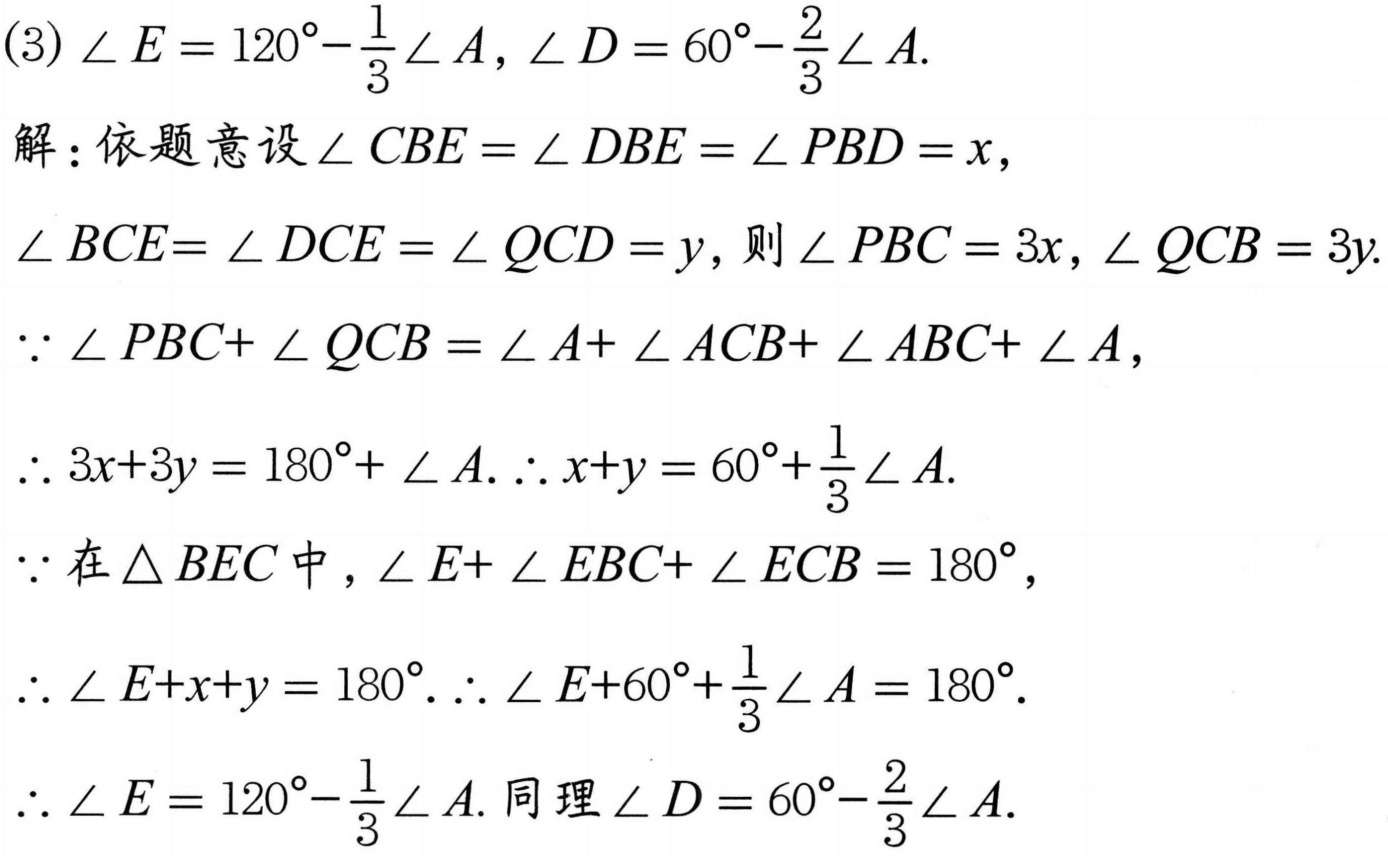
(3) \(\angle E = 120^{\circ}-\frac{1}{3}\angle A,\angle D = 60^{\circ}-\frac{2}{3}\angle A\).
解：依题意设\(\angle CBE=\angle DBE=\angle PBD = x\)，
\(\angle BCE = \angle DCE=\angle QCD = y\)，则\(\angle PBC = 3x,\angle QCB = 3y\).
\(\because\angle PBC+\angle QCB=\angle A+\angle ACB+\angle ABC+\angle A\)，
\(\therefore 3x + 3y=180^{\circ}+\angle A.\therefore x + y=60^{\circ}+\frac{1}{3}\angle A\).
\(\because\)在\(\triangle BEC\)中，\(\angle E+\angle EBC+\angle ECB = 180^{\circ}\)，
\(\therefore\angle E+x + y=180^{\circ}.\therefore\angle E+60^{\circ}+\frac{1}{3}\angle A = 180^{\circ}\).
\(\therefore\angle E = 120^{\circ}-\frac{1}{3}\angle A\). 同理\(\angle D = 60^{\circ}-\frac{2}{3}\angle A\).